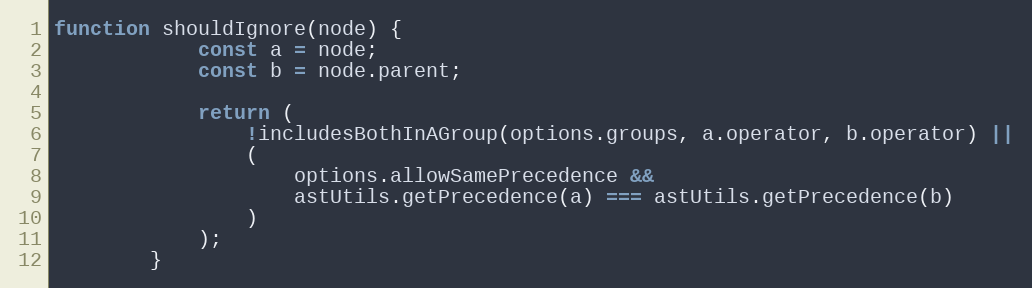
Language: JavaScript
function shouldIgnore(node) {
            const a = node;
            const b = node.parent;

            return (
                !includesBothInAGroup(options.groups, a.operator, b.operator) ||
                (
                    options.allowSamePrecedence &&
                    astUtils.getPrecedence(a) === astUtils.getPrecedence(b)
                )
            );
        }